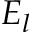
E _ { l }